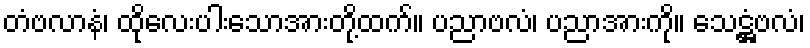
တံဗလာနံ၊ ထိုလေးပါးသောအားတို့ထက်။ ပညာဗလံ၊ ပညာအားကို။ သေဋ္ဌံဗလံ၊